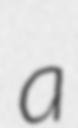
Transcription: a